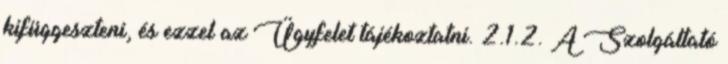
kifüggeszteni, és ezzel az Ügyfelet tájékoztatni. 2.1.2. A Szolgáltató